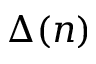
\Delta ( n )